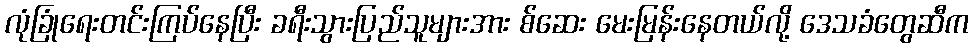
လုံခြုံရေးတင်းကြပ်နေပြီး ခရီးသွားပြည်သူများအား စ်ဆေး မေးမြန်းနေတယ်လို့ ဒေသခံတွေဆီက